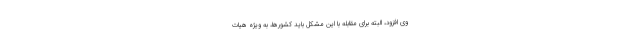
وی افزود، البته برای مقابله با این مشکل باید کشورها، به ویژه هیات